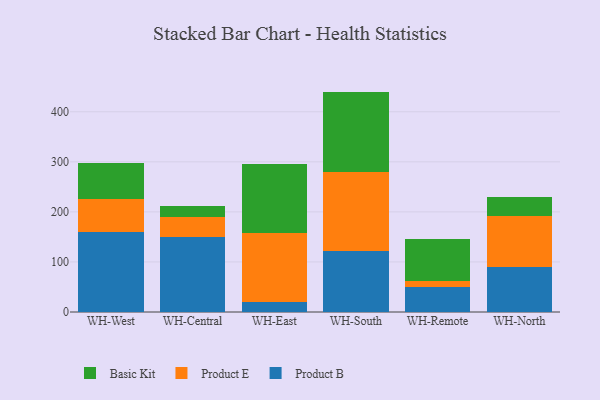
{"axis": {"x": "Warehouse", "y": "Revenue (USD Million)"}, "legend": ["Basic Kit", "Product B", "Product E"], "data": [{"x": "WH-West", "y": 160.5, "type": "Product B"}, {"x": "WH-West", "y": 65.3, "type": "Product E"}, {"x": "WH-West", "y": 72.1, "type": "Basic Kit"}, {"x": "WH-Central", "y": 149.4, "type": "Product B"}, {"x": "WH-Central", "y": 40.0, "type": "Product E"}, {"x": "WH-Central", "y": 22.8, "type": "Basic Kit"}, {"x": "WH-East", "y": 19.7, "type": "Product B"}, {"x": "WH-East", "y": 139.0, "type": "Product E"}, {"x": "WH-East", "y": 137.9, "type": "Basic Kit"}, {"x": "WH-South", "y": 122.8, "type": "Product B"}, {"x": "WH-South", "y": 157.6, "type": "Product E"}, {"x": "WH-South", "y": 159.9, "type": "Basic Kit"}, {"x": "WH-Remote", "y": 50.1, "type": "Product B"}, {"x": "WH-Remote", "y": 12.8, "type": "Product E"}, {"x": "WH-Remote", "y": 82.1, "type": "Basic Kit"}, {"x": "WH-North", "y": 90.3, "type": "Product B"}, {"x": "WH-North", "y": 100.8, "type": "Product E"}, {"x": "WH-North", "y": 38.7, "type": "Basic Kit"}]}